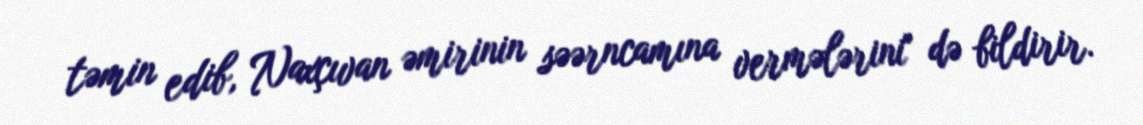
təmin edib, Naxçıvan əmirinin səərncamına vermələrini" də bildirir.